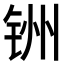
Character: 𫟻